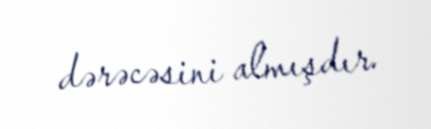
dərəcəsini almışdır.